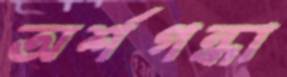
অর্শগন্ধা